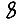
Digit: 8